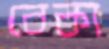
বেকা